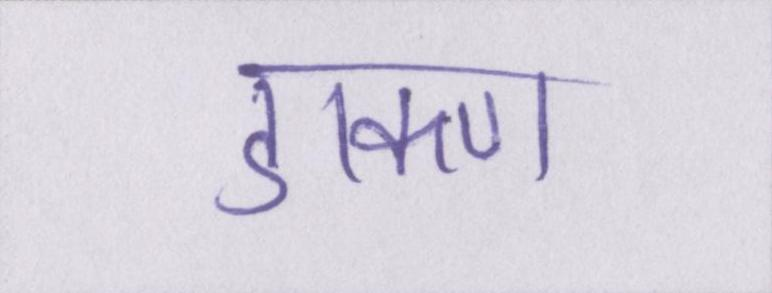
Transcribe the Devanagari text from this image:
डाकण